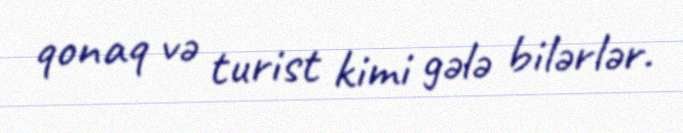
qonaq və turist kimi gələ bilərlər.